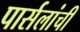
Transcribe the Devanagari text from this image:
पार्सलांची